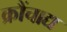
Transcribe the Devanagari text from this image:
क्रौंचाद्य